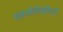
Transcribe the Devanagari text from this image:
एमओडीव्हीएटी